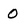
Character: O